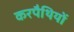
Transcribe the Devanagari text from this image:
करपैथियों